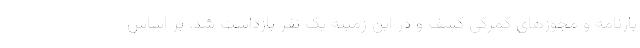
بارنامه و مجوزهای گمرکی کشف و در این زمینه یک نفر بازداشت شد. بر اساس